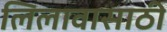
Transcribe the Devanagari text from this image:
लिलावासाठी